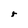
Character: r